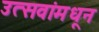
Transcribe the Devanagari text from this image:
उत्सवांमधून